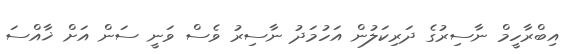
އިބްރާހީމް ނާސިރުގެ ދަރިކަލުން އަހުމަދު ނާސިރު ވެސް ވަނީ ސަން އަށް ޚާއްސަ